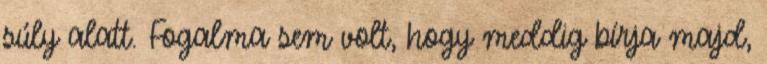
súly alatt. Fogalma sem volt, hogy meddig bírja majd,